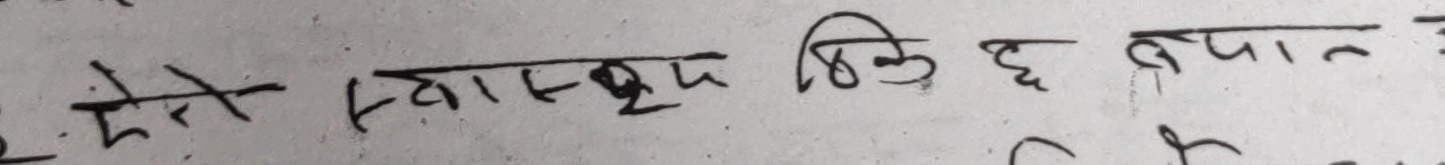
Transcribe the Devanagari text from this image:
मैले स्वास्थ ठिक छ नेपाल